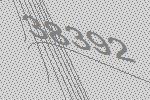
38392